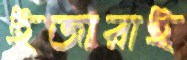
ইজারাই